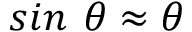
s i n \textbf { } \theta \approx \theta